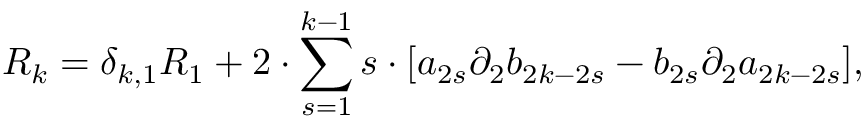
R _ { k } = \delta _ { k , 1 } R _ { 1 } + 2 \cdot \sum _ { s = 1 } ^ { k - 1 } s \cdot [ a _ { 2 s } { \partial } _ { 2 } b _ { 2 k - 2 s } - b _ { 2 s } { \partial } _ { 2 } a _ { 2 k - 2 s } ] ,